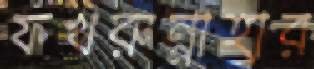
ফখরুন্নাহার